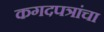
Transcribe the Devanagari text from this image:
कगदपत्रांचा